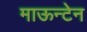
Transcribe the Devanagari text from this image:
माऊन्टेन